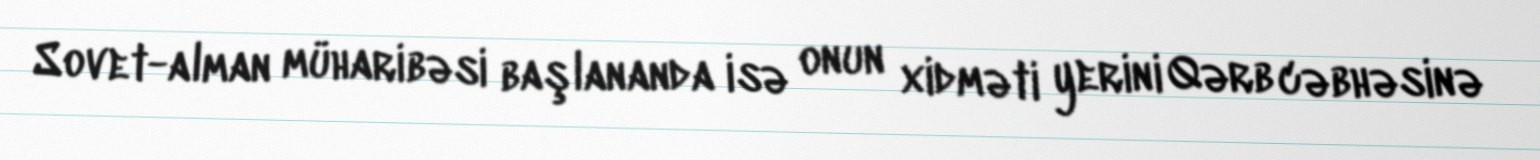
Sovet-alman müharibəsi başlananda isə onun xidməti yerini Qərb cəbhəsinə